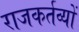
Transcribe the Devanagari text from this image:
राजकर्तव्यों